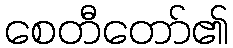
စေတီတော်၏